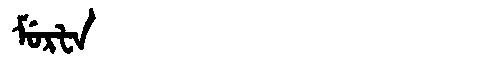
Manchu: ᠮᡠᡵᡶᠠ
Romanization: MURFA